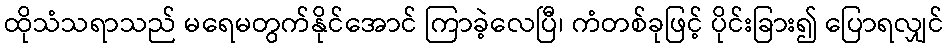
ထိုသံသရာသည် မရေမတွက်နိုင်အောင် ကြာခဲ့လေပြီ၊ ကံတစ်ခုဖြင့် ပိုင်းခြား၍ ပြောရလျှင်